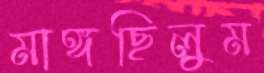
মাঙ্গছিলুম